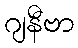
ဂျနီဗာ